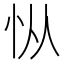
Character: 𰑅